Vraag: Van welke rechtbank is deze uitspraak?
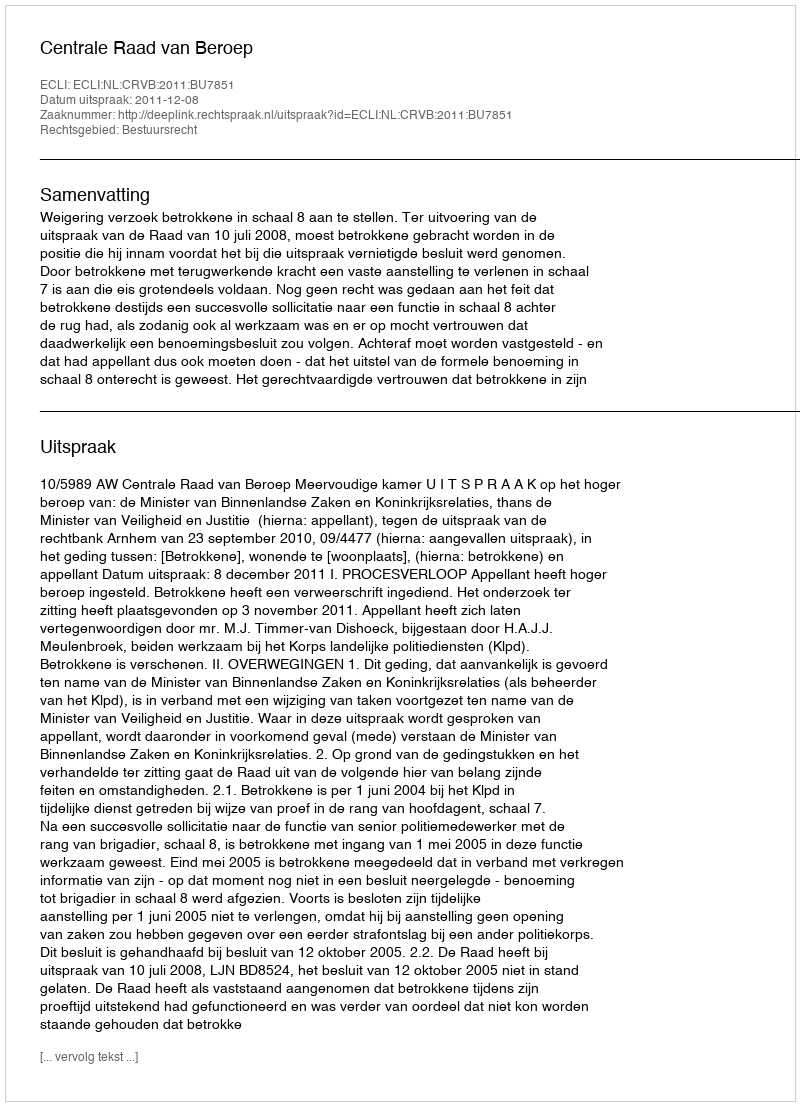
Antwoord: Centrale Raad van Beroep